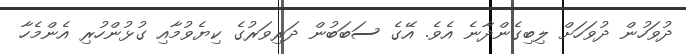
ދުވަހުން ދުވަހަށް ލިބިގެންދާނެ އެވެ. އޭގެ ސަބަބުން ދަރިވަރުގެ ކިޔެވުމާއި ގުޅުންހުރި އެންމެހާ